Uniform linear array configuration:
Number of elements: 24
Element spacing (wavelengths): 0.5
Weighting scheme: cosine
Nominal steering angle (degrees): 60
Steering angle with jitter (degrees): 59.542
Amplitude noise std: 0.05
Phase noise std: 0.05

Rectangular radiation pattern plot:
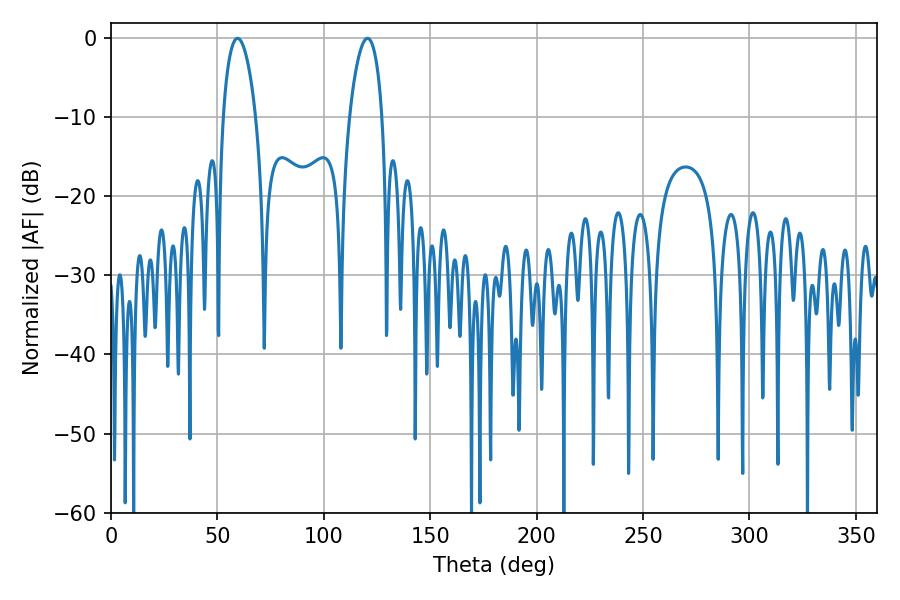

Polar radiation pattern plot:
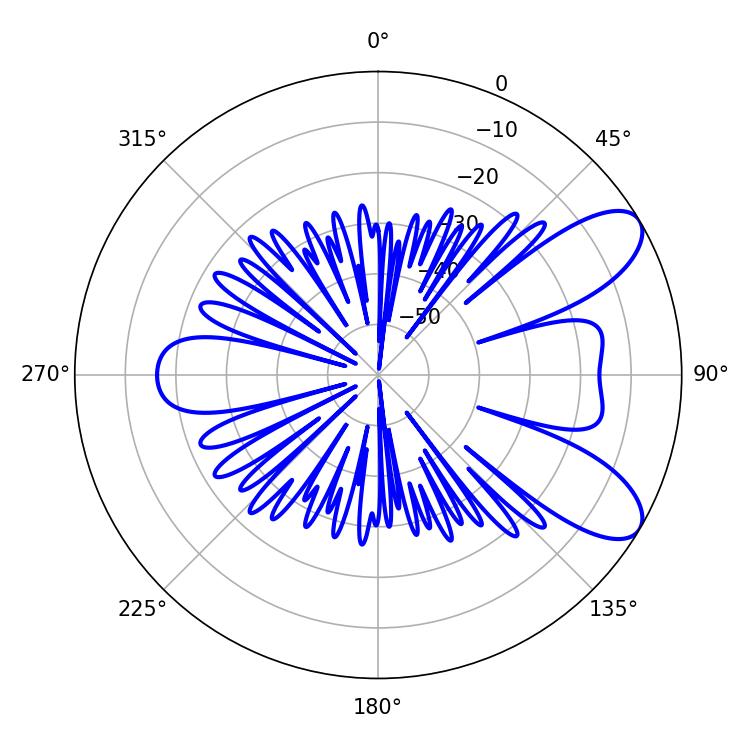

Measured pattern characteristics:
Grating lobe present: FALSE
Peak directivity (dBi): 8.484
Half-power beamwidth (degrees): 8.64
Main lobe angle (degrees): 59.4